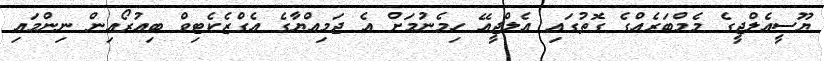
ޔޫސީއެލްޖީގެ މެމްބަރެއްގެ ގޮތުގައި އެލްޖީއޭ ހިމެނުމަށް އެ ޖަމިއްޔާގެ އެގްޒެކެޓިވް ބިއުރޯއިން ނިންމައި